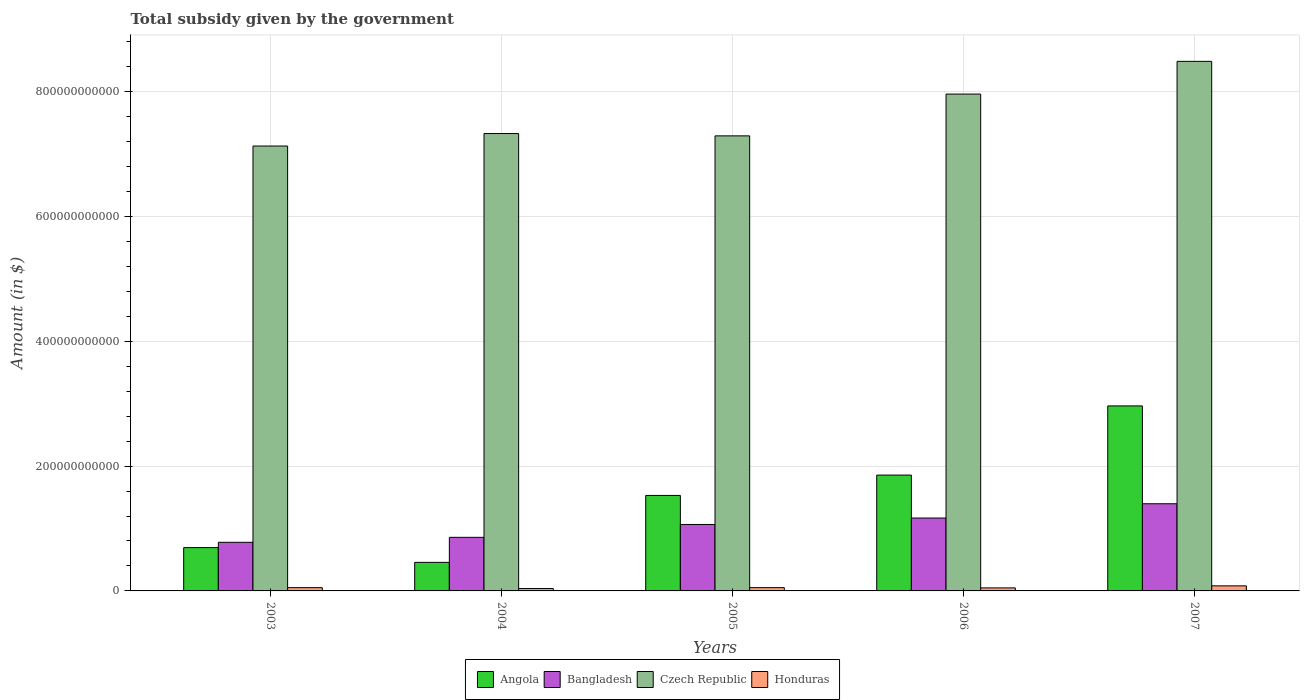
| Years | Angola | Bangladesh | Czech Republic | Honduras |
 | --- | --- | --- | --- | --- |
 | 2003 | 6.94e+10 | 7.79e+10 | 7.13e+11 | 5.25e+09 |
 | 2004 | 4.57e+10 | 8.59e+10 | 7.33e+11 | 3.84e+09 |
 | 2005 | 1.53e+11 | 1.06e+11 | 7.29e+11 | 5.27e+09 |
 | 2006 | 1.86e+11 | 1.17e+11 | 7.96e+11 | 4.83e+09 |
 | 2007 | 2.96e+11 | 1.4e+11 | 8.48e+11 | 8.13e+09 |